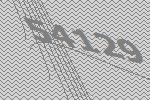
54129